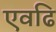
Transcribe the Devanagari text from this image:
एवढि